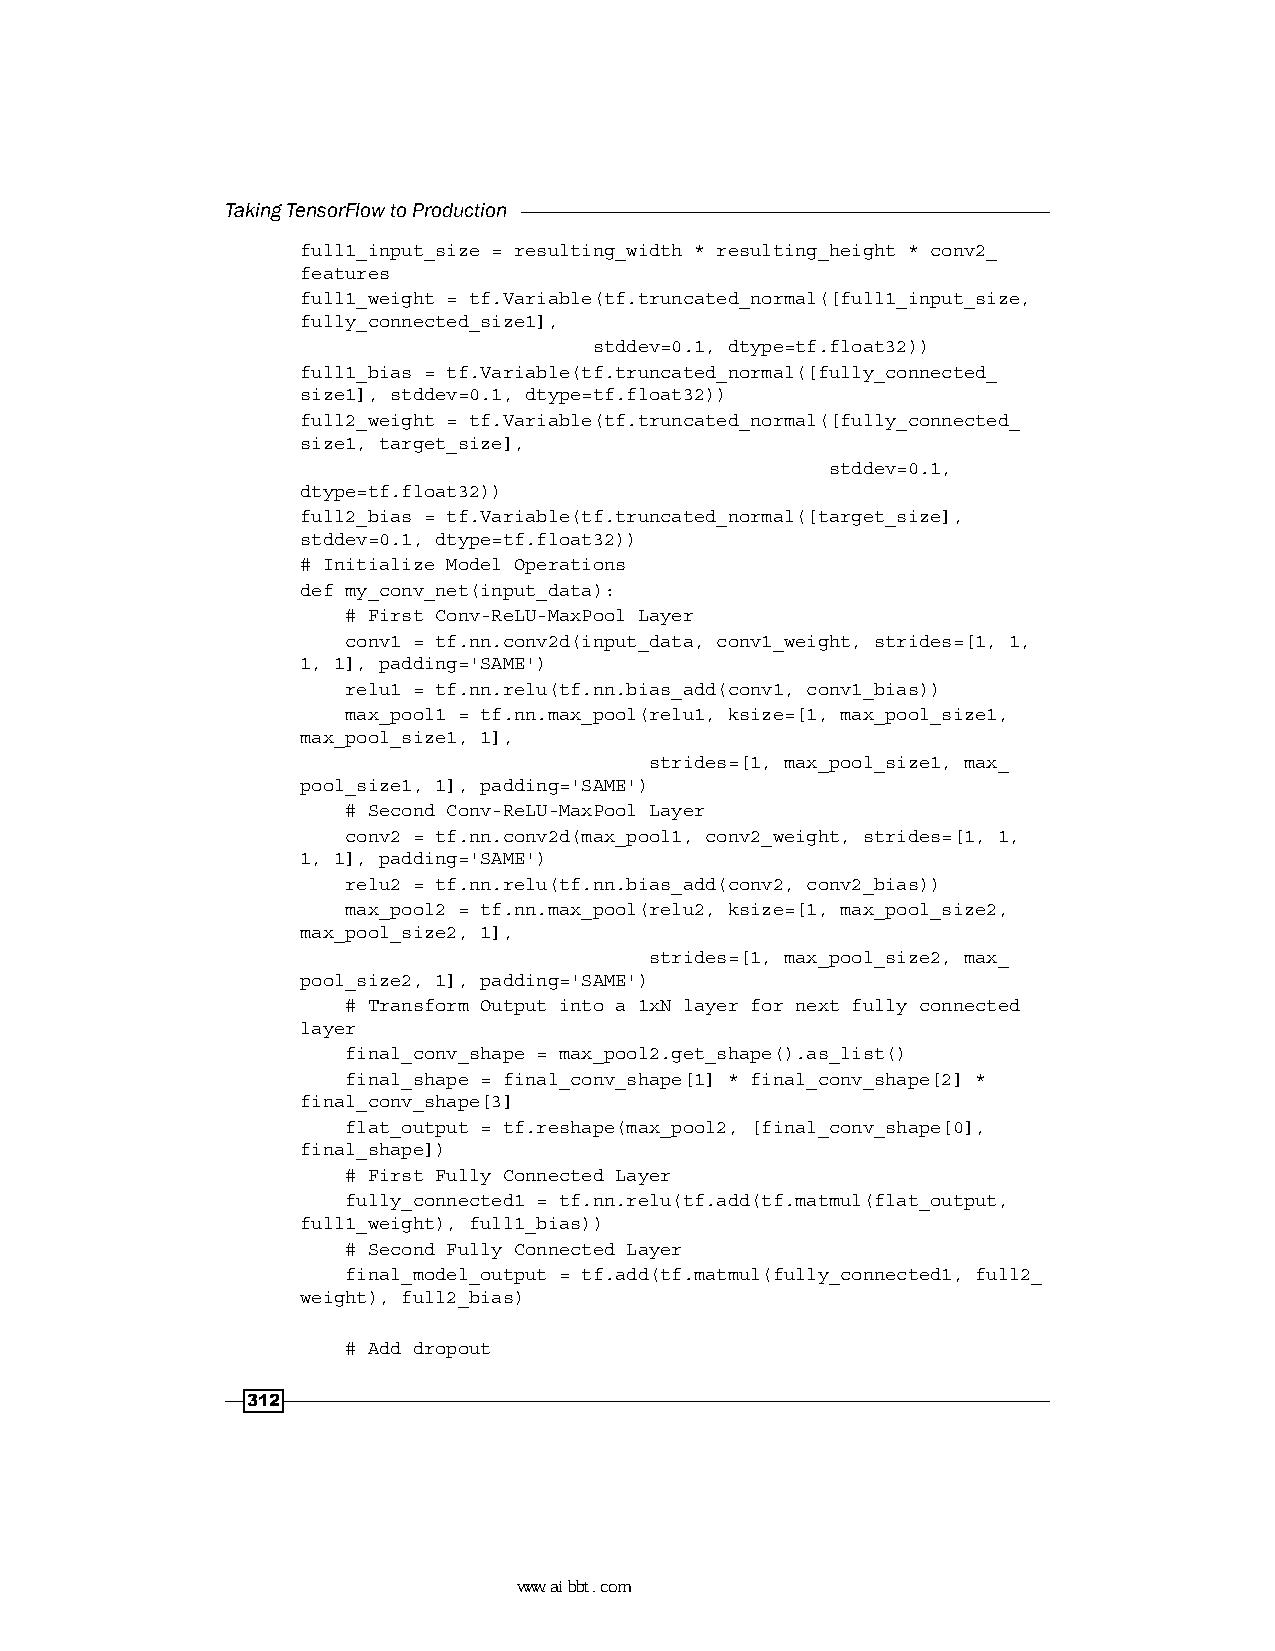
Taking TensorFlow to Production
 full1_input_size = resulting_width * resulting_height * conv2_
 features
 full1_weight = tf.Variable(tf.truncated_normal([full1_input_size,
 fully_connected_size1],
 stddev=0.1, dtype=tf.float32))
 full1_bias = tf.Variable(tf.truncated_normal([fully_connected_
 size1], stddev=0.1, dtype=tf.float32))
 full2_weight = tf.Variable(tf.truncated_normal([fully_connected_
 size1, target_size],
 stddev=0.1,
 dtype=tf.float32))
 full2_bias = tf.Variable(tf.truncated_normal([target_size],
 stddev=0.1, dtype=tf.float32))
 # Initialize Model Operations
 def my_conv_net(input_data):
 # First Conv-ReLU-MaxPool Layer
 conv1 = tf.nn.conv2d(input_data, conv1_weight, strides=[1, 1,
 1, 1], padding='SAME')
 relu1 = tf.nn.relu(tf.nn.bias_add(conv1, conv1_bias))
 max_pool1 = tf.nn.max_pool(relu1, ksize=[1, max_pool_size1,
 max_pool_size1, 1],
 strides=[1, max_pool_size1, max_
 pool_size1, 1], padding='SAME')
 # Second Conv-ReLU-MaxPool Layer
 conv2 = tf.nn.conv2d(max_pool1, conv2_weight, strides=[1, 1,
 1, 1], padding='SAME')
 relu2 = tf.nn.relu(tf.nn.bias_add(conv2, conv2_bias))
 max_pool2 = tf.nn.max_pool(relu2, ksize=[1, max_pool_size2,
 max_pool_size2, 1],
 strides=[1, max_pool_size2, max_
 pool_size2, 1], padding='SAME')
 # Transform Output into a 1xN layer for next fully connected
 layer
 final_conv_shape = max_pool2.get_shape().as_list()
 final_shape = final_conv_shape[1] * final_conv_shape[2] *
 final_conv_shape[3]
 flat_output = tf.reshape(max_pool2, [final_conv_shape[0],
 final_shape])
 # First Fully Connected Layer
 fully_connected1 = tf.nn.relu(tf.add(tf.matmul(flat_output,
 full1_weight), full1_bias))
 # Second Fully Connected Layer
 final_model_output = tf.add(tf.matmul(fully_connected1, full2_
 weight), full2_bias)
 # Add dropout
 312
 www.aibbt.com 让未来触手可及